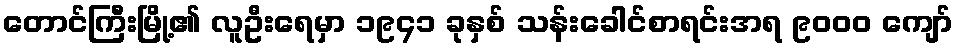
တောင်ကြီးမြို့၏ လူဦးရေမှာ ၁၉၄၁ ခုနှစ် သန်းခေါင်စာရင်းအရ ၉၀၀၀ ကျော်